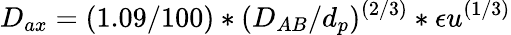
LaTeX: D_{ax}=(1.09/100)*(D_{AB}/d_{p})^{(2/3)}*\epsilon u^{(1/3)}